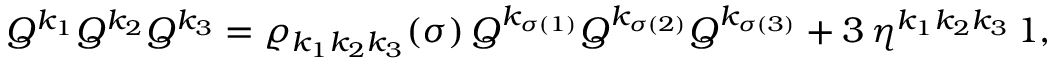
Q ^ { k _ { 1 } } Q ^ { k _ { 2 } } Q ^ { k _ { 3 } } = \varrho _ { k _ { 1 } k _ { 2 } k _ { 3 } } ( \sigma ) \, Q ^ { k _ { \sigma ( 1 ) } } Q ^ { k _ { \sigma ( 2 ) } } Q ^ { k _ { \sigma ( 3 ) } } + 3 \, { \eta } ^ { k _ { 1 } k _ { 2 } k _ { 3 } } \, 1 ,